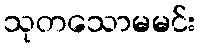
သုတသောမမင်း